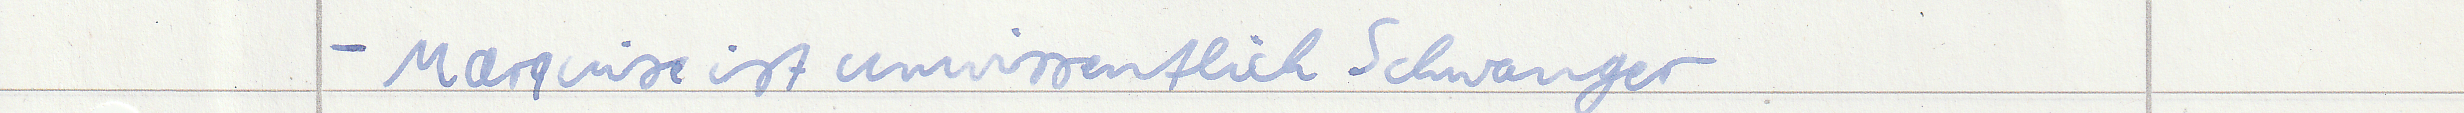
- Marquise ist unwissentlich Schwanger